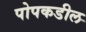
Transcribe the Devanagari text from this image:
पोपकडील